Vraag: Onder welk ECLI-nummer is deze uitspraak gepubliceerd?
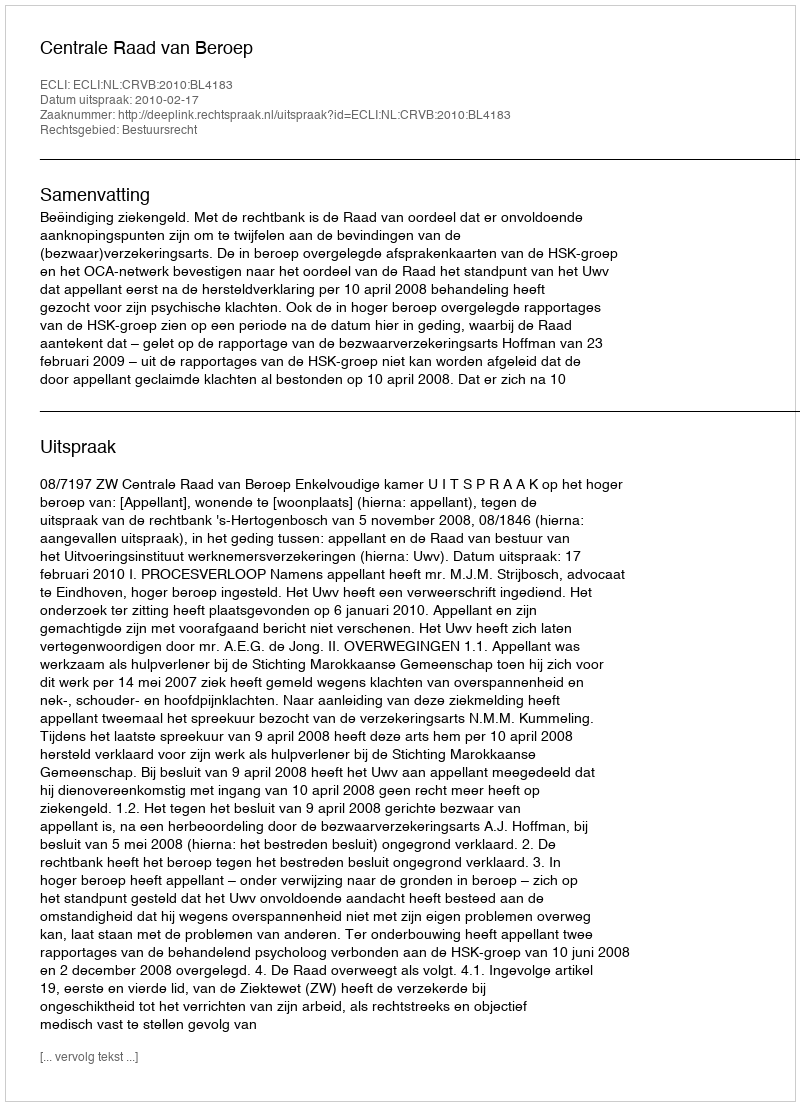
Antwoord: ECLI:NL:CRVB:2010:BL4183